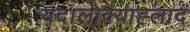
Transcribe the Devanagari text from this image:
यदालोक्याह्लादं